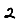
Digit: 2